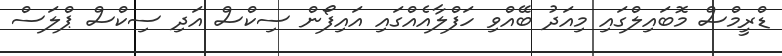
ޑްރީމްސް މޮބައިލްގައި މިއަދު ބޭއްވި ހަފްލާއެއްގައި އައިފޯން ސިކްސް އަދި ސިކްސް ޕްލަސް